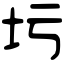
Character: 圬